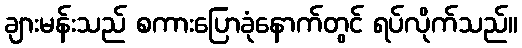
ချားမန်းသည် စကားပြောခုံနောက်တွင် ရပ်လိုက်သည်။